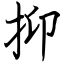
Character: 抑